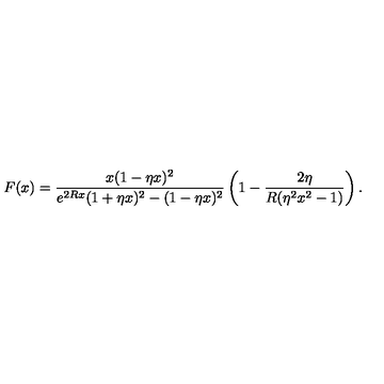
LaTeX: F ( x ) = \frac { x ( 1 - \eta x ) ^ { 2 } } { e ^ { 2 R x } ( 1 + \eta x ) ^ { 2 } - ( 1 - \eta x ) ^ { 2 } } \left( 1 - \frac { 2 \eta } { R ( \eta ^ { 2 } x ^ { 2 } - 1 ) } \right) { . }